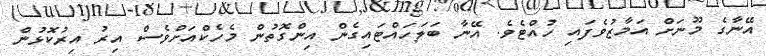
އޭނާގެ މޫނަށް އަމާޒުވެފައި ހުއްޓެވެ. އޭނާ ބަލަހައްޓައިގެން އިންގޮތުން މެހެކްއަށްވެސް އިރު އިރުކޮޅުން